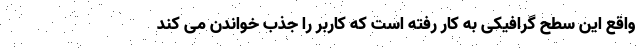
واقع این سطح گرافیکی به کار رفته است که کاربر را جذب خواندن می کند